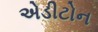
એડીટોન